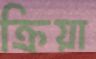
ক্রিয়া